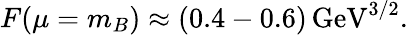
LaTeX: F(\mu=m_{B})\approx(0.4-0.6)\, \mathrm{GeV}^{3/2}.